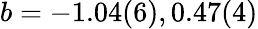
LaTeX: b=-1.04(6),0.47(4)